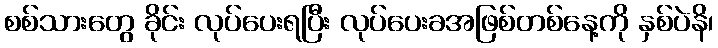
စစ်သားတွေ ခိုင်း လုပ်ပေးရပြီး လုပ်ပေးခအဖြစ်တစ်နေ့ကို နှစ်ပဲနိ၊